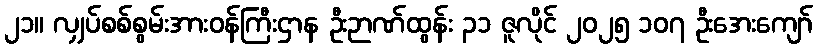
၂၁။ လျှပ်စစ်စွမ်းအားဝန်ကြီးဌာန ဦးဉာဏ်ထွန်း ၃၁ ဇူလိုင် ၂၀၂၅ ၁၀၇ ဦးအေးကျော်